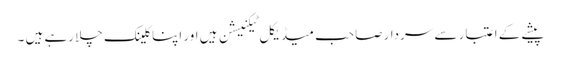
پیشے کے اعتبار سے سردار صاحب میڈیکل ٹیکنیشن ہیں اور اپنا کلینک چلا رہے ہیں ۔